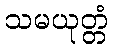
သမယုတ္တံ